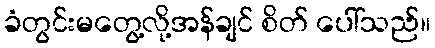
ခံတွင်းမတွေ့လို့အန်ချင် စိတ် ပေါ်သည်။